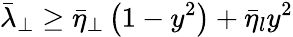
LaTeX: \bar{\lambda}_{\perp}\ge\bar{\eta}_{\perp}\left(1-y^{2}\right)+\bar{\eta}_{l}y^{2}